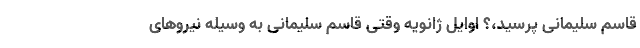
قاسم سلیمانی پرسید،؟ اوایل ژانویه وقتی قاسم سلیمانی به وسیله نیروهای